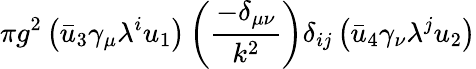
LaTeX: \pi g^{2}\left(\bar{u}_{3}\gamma_{\mu}{\lambda^{i}}u_{1}\right)\left({\frac{-\delta_{\mu\nu}}{k^{2}}}\right)\delta_{ij}\left(\bar{u}_{4}\gamma_{\nu}{\lambda^{j}}u_{2}\right)